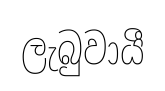
ලැබුවායී